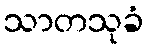
သာတသုခံ